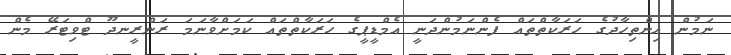
ނަމުން އިންތިހާދުގެ ހަރަކާތްތައް ފެންނަމުންދަނީ އެމްޑީޕީގެ ހަރަކާތްތައް ކަމަށްވާނަމަ ރަންރީނދޫ ޓްވިޓަރޭ މެން